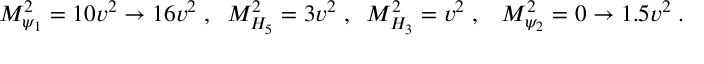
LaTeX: M _ { \psi _ { 1 } } ^ { 2 } = 1 0 v ^ { 2 } \to 1 6 v ^ { 2 } \; , \; \; M _ { H _ { 5 } } ^ { 2 } = 3 v ^ { 2 } \; , \; \; M _ { H _ { 3 } } ^ { 2 } = v ^ { 2 } \; , \; \; \; M _ { \psi _ { 2 } } ^ { 2 } = 0 \to 1 . 5 v ^ { 2 } \; .